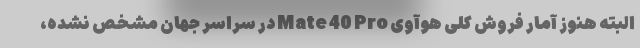
البته هنوز آمار فروش کلی هوآوی Mate 40 Pro در سراسر جهان مشخص نشده،